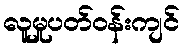
လူမှုပတ်ဝန်းကျင်